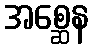
အစ္ဆေန